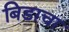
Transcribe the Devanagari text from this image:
बिडाचा